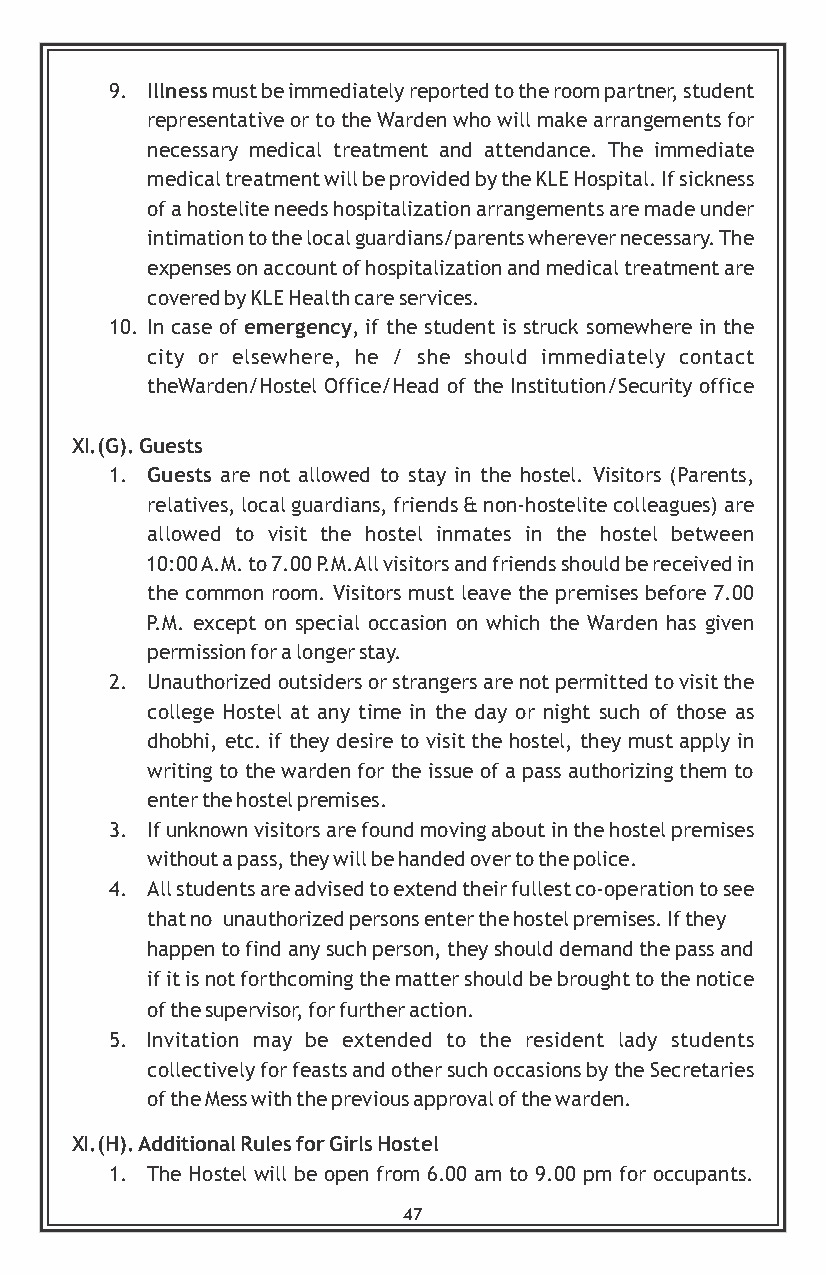
9. Illness must be immediately reported to the room partner, student
 representative or to the Warden who will make arrangements for
 necessary medical treatment and attendance. The immediate
 medical treatment will be provided by the KLE Hospital. If sickness
 of a hostelite needs hospitalization arrangements are made under
 intimation to the local guardians/parents wherever necessary. The
 expenses on account of hospitalization and medical treatment are
 covered by KLE Health care services.
 10. In case of emergency, if the student is struck somewhere in the
 city or elsewhere, he / she should immediately contact
 theWarden/Hostel Office/Head of the Institution/Security office
 XI.(G). Guests
 1. Guests are not allowed to stay in the hostel. Visitors (Parents,
 relatives, local guardians, friends & non-hostelite colleagues) are
 allowed to visit the hostel inmates in the hostel between
 10:00 A.M. to 7.00 P.M.All visitors and friends should be received in
 the common room. Visitors must leave the premises before 7.00
 P.M. except on special occasion on which the Warden has given
 permission for a longer stay.
 2. Unauthorized outsiders or strangers are not permitted to visit the
 college Hostel at any time in the day or night such of those as
 dhobhi, etc. if they desire to visit the hostel, they must apply in
 writing to the warden for the issue of a pass authorizing them to
 enter the hostel premises.
 3. If unknown visitors are found moving about in the hostel premises
 without a pass, they will be handed over to the police.
 4. All students are advised to extend their fullest co-operation to see
 that no unauthorized persons enter the hostel premises. If they
 happen to find any such person, they should demand the pass and
 if it is not forthcoming the matter should be brought to the notice
 of the supervisor, for further action.
 5. Invitation may be extended to the resident lady students
 collectively for feasts and other such occasions by the Secretaries
 of the Mess with the previous approval of the warden.
 XI.(H). Additional Rules for Girls Hostel
 1. The Hostel will be open from 6.00 am to 9.00 pm for occupants.
 47